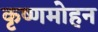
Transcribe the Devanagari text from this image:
कृष्णमोहन